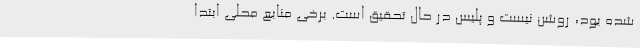
شده بود، روشن نیست و پلیس در حال تحقیق است. برخی منابع محلی ابتدا